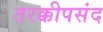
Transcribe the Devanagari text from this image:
तरक्कीपसंद